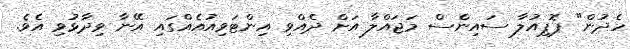
ހެދުން" ޕޮޕިއުލާ ސައިންސް މަޖައްލާ އަށް ދެއްވި އިންޓަވިއުއެއްގައި އޭނާ ވިދާޅުވި އެވެ.